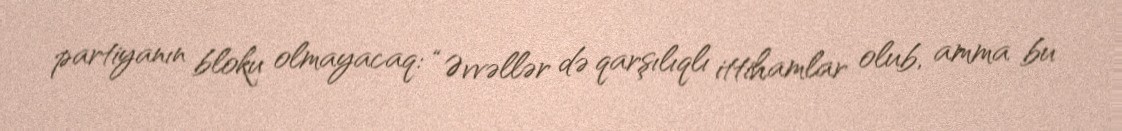
partiyanın bloku olmayacaq: “Əvvəllər də qarşılıqlı ittihamlar olub, amma bu